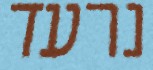
נרעד